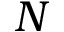
N